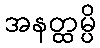
အနတ္ထမ္ပိ